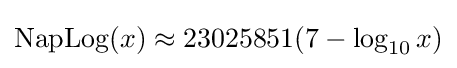
\mathrm {NapLog} (x)\approx 23025851(7-\log _{10}x)